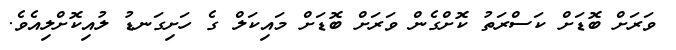
ވަރަށް ބޮޑަށް ކަސްރަތު ކޮށްގެން ވަރަށް ބޮޑަށް މައިކަލް ގެ ހަށިގަނޑު ލުއިކޮށްލިއެވެ.